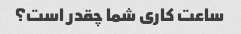
ساعت کاری شما چقدر است؟